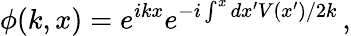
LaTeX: \phi(k,x)=e^{ikx}e^{-i\int^{x}dx^{\prime}V(x^{\prime})/2k}\, ,